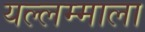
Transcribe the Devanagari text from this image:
यल्लम्माला